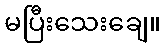
မပြီးသေးချေ။